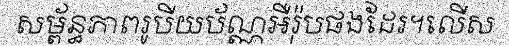
សម្ព័ន្ធភាពរូបីយប័ណ្ណអឺរ៉ុបផងដែរ។លើស